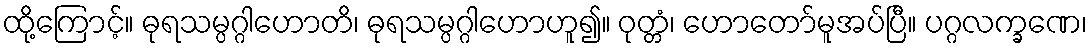
ထို့ကြောင့်။ ဓုရသမ္ပဂ္ဂါဟောတိ၊ ဓုရသမ္ပဂ္ဂါဟောဟူ၍။ ဝုတ္တံ၊ ဟောတော်မူအပ်ပြီ။ ပဂ္ဂလက္ခဏေ၊